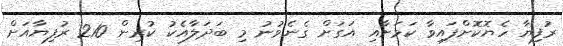
ރުފިޔާ ހެޔޮކޮށްފައިވާ ކަމަށާއި އަގަށް ގެނެވުނު މި ބަދަލާއެކު ކުރިން 210 ރުފިޔާއަށް